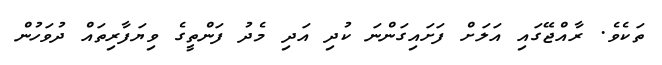
ތަކެވެ. ރާއްޖޭގައި އަލަށް ފަށައިގަންނަ ކުދި އަދި މެދު ފަންތީގެ ވިޔަފާރިތައް ދުވަހުން